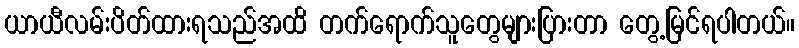
ယာယီလမ်းပိတ်ထားရသည်အထိ တက်ရောက်သူတွေများပြားတာ တွေ့မြင်ရပါတယ်။